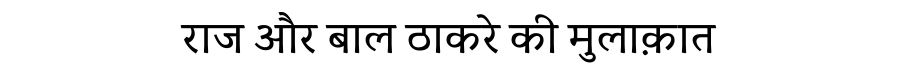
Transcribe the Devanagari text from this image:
राज और बाल ठाकरे की मुलाक़ात